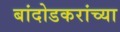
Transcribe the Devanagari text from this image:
बांदोडकरांच्या